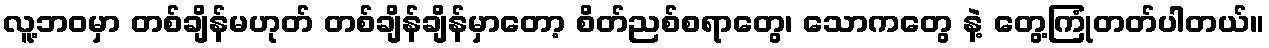
လူ့ဘဝမှာ တစ်ချိန်မဟုတ် တစ်ချိန်ချိန်မှာတော့ စိတ်ညစ်စရာတွေ၊ သောကတွေ နဲ့ တွေ့ကြုံတတ်ပါတယ်။